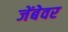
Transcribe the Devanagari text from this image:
जेंबेवर